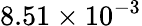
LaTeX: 8.51\times 10^{-3}